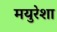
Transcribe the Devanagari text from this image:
मयुरेशा